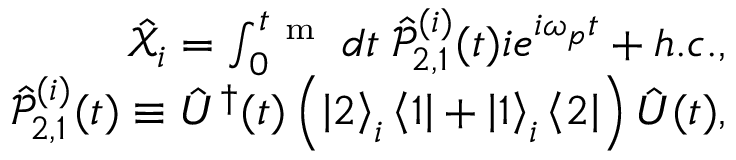
\begin{array} { r } { \hat { \mathcal X } _ { i } = \int _ { 0 } ^ { t _ { \mathrm { ~ m ~ } } } d t \; \hat { \mathcal P } _ { 2 , 1 } ^ { ( i ) } ( t ) i e ^ { i \omega _ { p } t } + h . c . , } \\ { \hat { \mathcal P } _ { 2 , 1 } ^ { ( i ) } ( t ) \equiv \hat { U } ^ { \dagger } ( t ) \left( \left| 2 \right> _ { i } \left< 1 \right| + \left| 1 \right> _ { i } \left< 2 \right| \right) \hat { U } ( t ) , } \end{array}